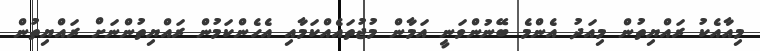
މިއާއެކު ރައްޔިތުން މިއަދު އެންމެ ބޭނުންވަނީ އަމާން މުޖުތައެއްކަމާއި އެހެންކަމުން ރައްޔިތުންނަށް ރައްޔިތުން